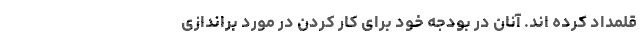
قلمداد کرده اند. آنان در بودجه خود برای کار کردن در مورد براندازی